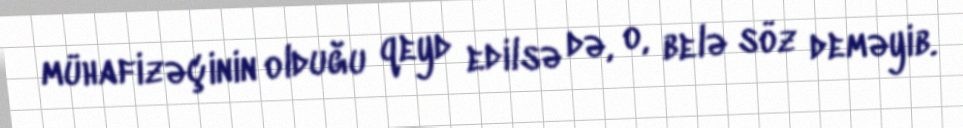
mühafizəçinin olduğu qeyd edilsə də, o, belə söz deməyib.